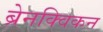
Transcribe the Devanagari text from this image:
ब्रेनक्विकन